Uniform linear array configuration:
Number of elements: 64
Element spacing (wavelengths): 0.5
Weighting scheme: binomial
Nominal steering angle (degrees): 0
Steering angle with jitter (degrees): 0.3701
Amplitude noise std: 0.05
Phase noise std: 0.05

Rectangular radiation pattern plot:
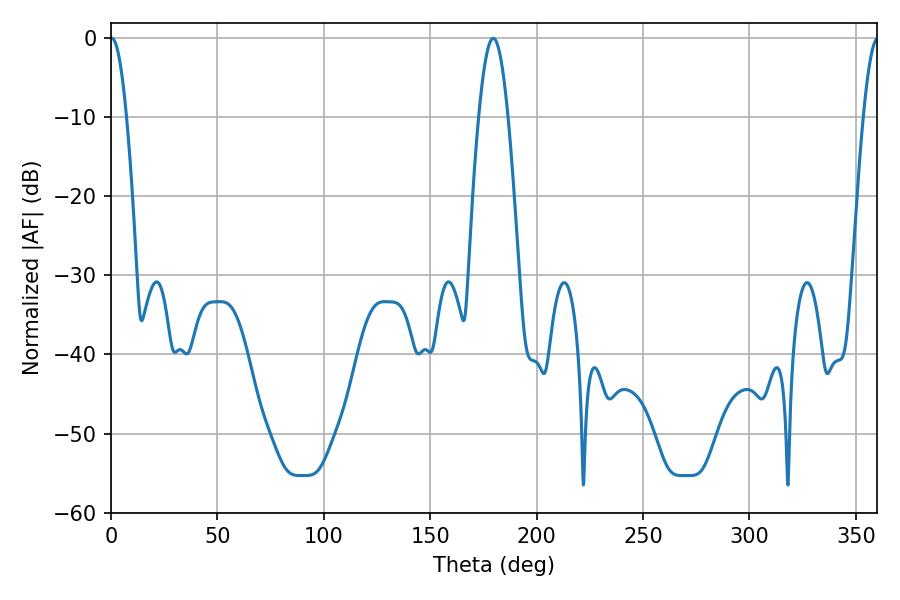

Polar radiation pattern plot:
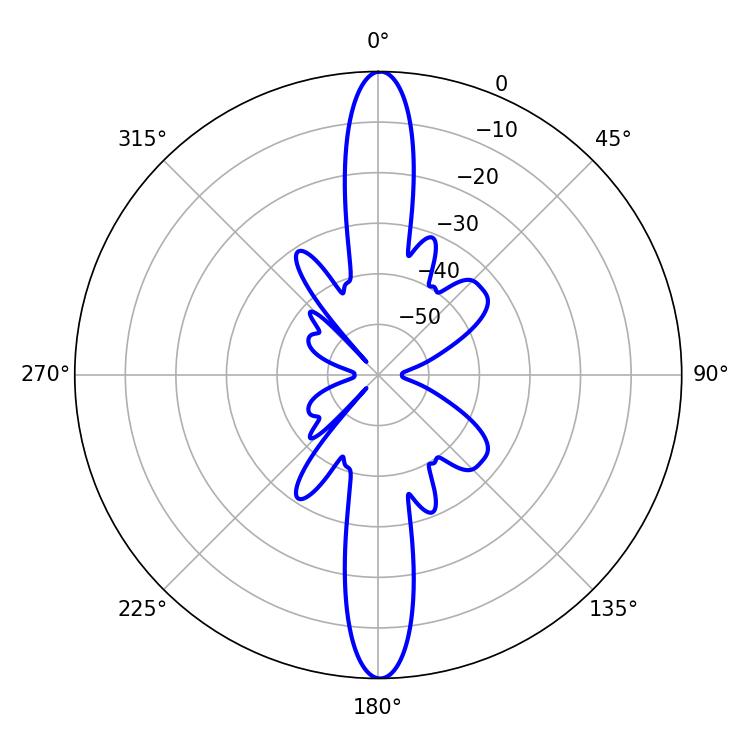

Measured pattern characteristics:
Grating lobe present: FALSE
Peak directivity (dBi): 29.939
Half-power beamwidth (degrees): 4.14
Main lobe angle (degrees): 0.36